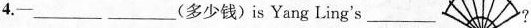
4.-___ ___(多少钱)is Yang Ling's ___ ?